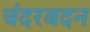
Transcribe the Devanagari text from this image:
चंदरबदन